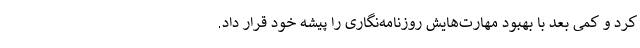
کرد و کمی بعد با بهبود مهارت‌هایش روزنامه‌نگاری را پیشه خود قرار داد.